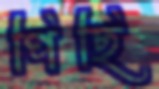
পিছি